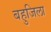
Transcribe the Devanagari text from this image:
बहुजिला